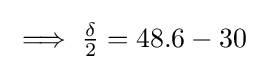
{\textstyle \implies {\frac {\delta }{2}}=48.6-30}